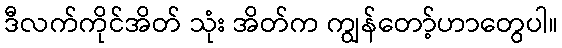
ဒီလက်ကိုင်အိတ် သုံး အိတ်က ကျွန်တော့်ဟာတွေပါ။